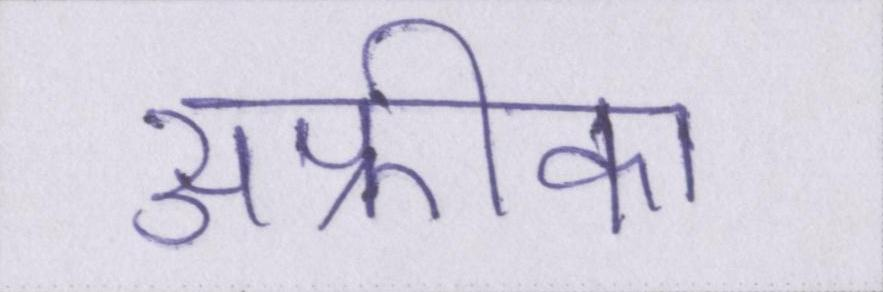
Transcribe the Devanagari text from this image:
अफ्रीका